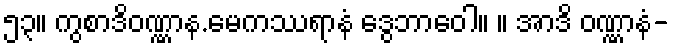
၅၃။ ကွစာဒိဝဏ္ဏာန.မေကဿရာနံ ဒွေဘာဝေါ။ ။ အာဒိ ဝဏ္ဏာနံ-